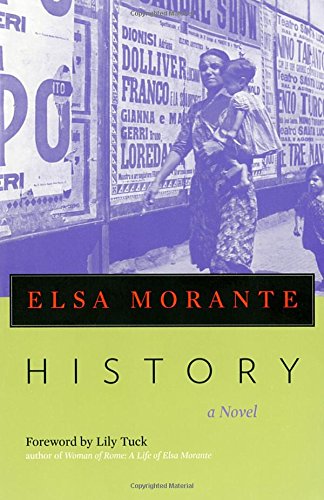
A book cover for History: A Novel; Elsa Morante; Literature & Fiction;